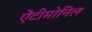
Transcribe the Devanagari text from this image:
ऐंटीमोनिल